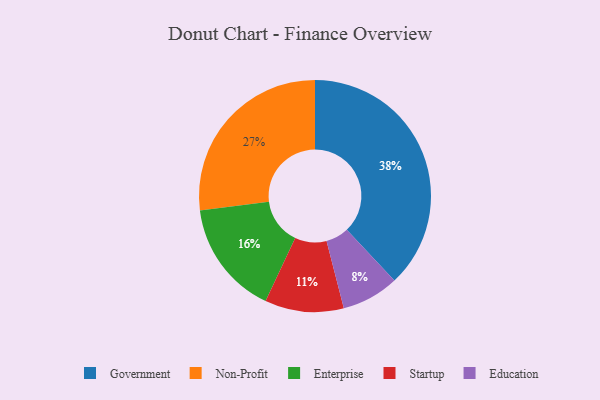
{"axis": {"x": "Category", "y": "Percentage"}, "legend": ["Education", "Enterprise", "Government", "Non-Profit", "Startup"], "data": [{"x": "Government", "y": 38, "type": "Government"}, {"x": "Enterprise", "y": 16, "type": "Enterprise"}, {"x": "Education", "y": 8, "type": "Education"}, {"x": "Startup", "y": 11, "type": "Startup"}, {"x": "Non-Profit", "y": 27, "type": "Non-Profit"}]}